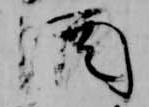
酒